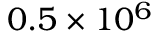
0 . 5 \times 1 0 ^ { 6 }